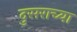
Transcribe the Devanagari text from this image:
दुसराच्या